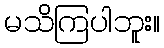
မသိကြပါဘူး။